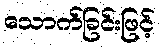
သောက်ခြင်းဖြင့်